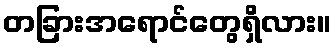
တခြားအရောင်တွေရှိလား။